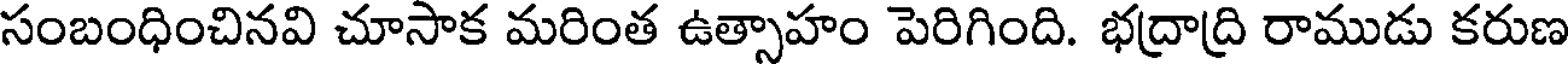
సంబంధించినవి చూసాక మరింత ఉత్సాహం పెరిగింది. భద్రాద్రి రాముడు కరుణ